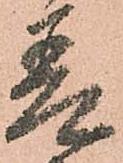
差